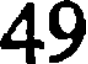
49